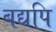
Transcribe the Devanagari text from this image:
बद्यपि